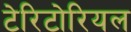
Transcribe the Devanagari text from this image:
टेरिटोरियल